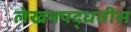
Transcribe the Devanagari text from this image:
लेखनपद्धतीस